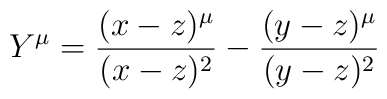
Y^\mu = \frac{(x-z)^\mu}{(x-z)^2} - \frac{(y-z)^\mu}{(y-z)^2}